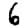
Digit: 6